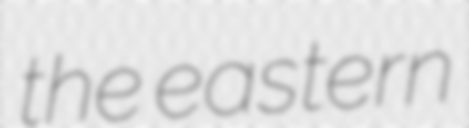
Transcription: the eastern